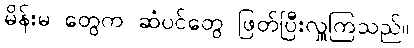
မိန်းမ တွေက ဆံပင်တွေ ဖြတ်ပြီးလှူကြသည်။